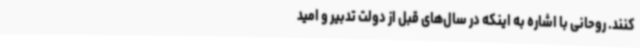
کنند. روحانی با اشاره به اینکه در سال‌های قبل از دولت تدبیر و امید